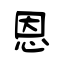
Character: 恩